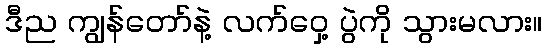
ဒီည ကျွန်တော်နဲ့ လက်ဝှေ့ ပွဲကို သွားမလား။